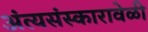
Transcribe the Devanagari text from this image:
अंत्यसंस्कारावेळी